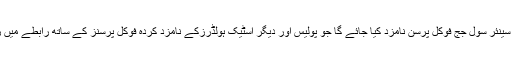
انتظامی سینئر سول جج فوکل پرسن نامزد کیا جائے گا جو پولیس اور دیگر اسٹیک ہولڈرزکے نامزد کردہ فوکل پرسنز کے ساتھ رابطے میں رہے گا۔